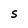
Character: s